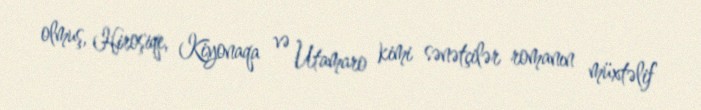
olmuş, Hiroşiqe, Kiyonaqa və Utamaro kimi sənətçilər romanın müxtəlif